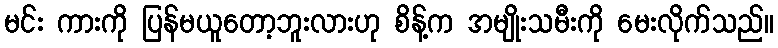
မင်း ကားကို ပြန်မယူတော့ဘူးလားဟု စိန့်က အမျိုးသမီးကို မေးလိုက်သည်။